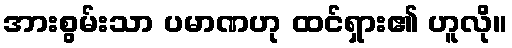
အားစွမ်းသာ ပမာဏဟု ထင်ရှား၏ ဟူလို။